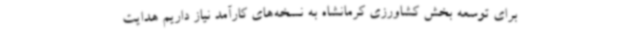
برای توسعه بخش کشاورزی کرمانشاه به نسخه‌های کارآمد نیاز داریم هدایت